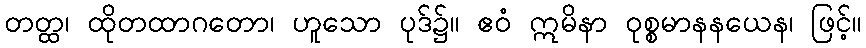
တတ္ထ၊ ထိုတထာဂတော၊ ဟူသော ပုဒ်၌။ ဧဝံ ဣမိနာ ဝုစ္စမာနနယေန၊ ဖြင့်။